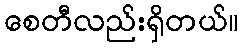
စေတီလည်းရှိတယ်။